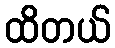
ထိတယ်